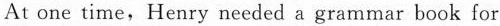
At one time, Henry needed a grammar book for